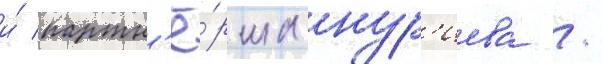
и́ партн'ё́рша нур'иева /